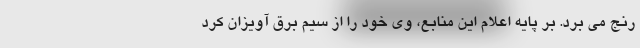
رنج می برد. بر پایه اعلام این منابع، وی خود را از سیم برق آویزان کرد